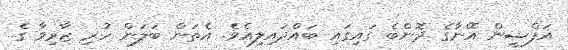
އަފްޝީން އޭނާގެ ދޮންބެ ގައިގައި ބައްދައިލިއެވެ. އެތަން ބަލަން ހުރި ޒާރިވާ ގެ